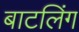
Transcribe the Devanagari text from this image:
बाटलिंग